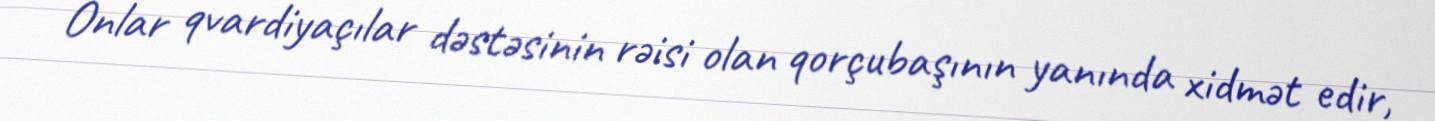
Onlar qvardiyaçılar dəstəsinin rəisi olan qorçubaşının yanında xidmət edir,